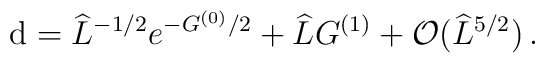
{\rm d}= \widehat{L}^{-1/2}e^{-G^{(0)}/2} +\widehat{L}G^{(1)}+{\cal O}(\widehat{L}^{5/2})\, .